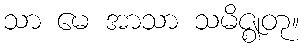
သာ မေ အာသာ သမိဇ္ဈတု။